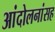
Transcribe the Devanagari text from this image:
आंदोलनांसह